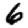
Digit: 6